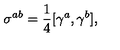
\sigma ^ { a b } = \frac { 1 } { 4 } [ \gamma ^ { a } , \gamma ^ { b } ] { , }